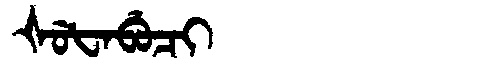
Manchu: ᡧᡠᡶᠠᠪᡠᠴᡳ
Romanization: ŠUFABUCI